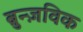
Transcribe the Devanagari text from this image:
ब्रुन्ज़विक